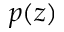
p ( z )